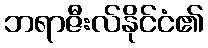
ဘရာဇီးလ်နိုင်ငံ၏